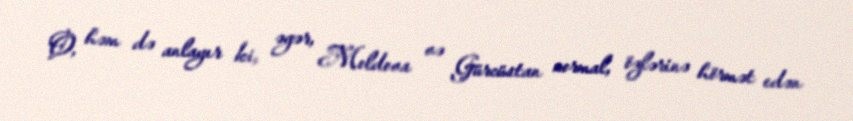
O, həm də anlayır ki, əgər, Moldova və Gürcüstan normal, özlərinə hörmət edən